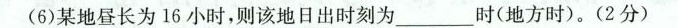
(6)某地昼长为16小时，则该地日出时刻为___时(地方时)。(2分)